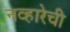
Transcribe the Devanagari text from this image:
नव्हारेची